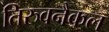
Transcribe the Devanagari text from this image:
तिरुवनैकल